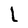
Character: l